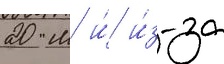
20 м и́ и́з-за